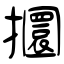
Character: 攌